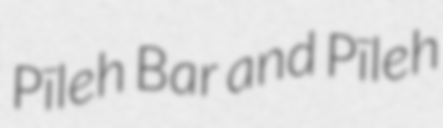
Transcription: Pīleh Bar and Pīleh